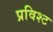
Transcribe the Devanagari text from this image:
प्रविश्ट